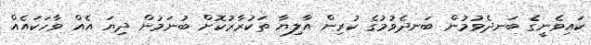
ކައިވެނީގެ ބަނދެވުމުން ބަނދެވުމުގެ ކުރިން އާލިޔާ ތަކުރާރުކޮށް ބުނަމުން ދިޔަ އެއް ވާހަކައެއް